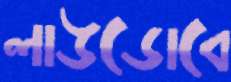
লাউডোবে